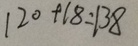
1 2 0 + 1 8 = 1 3 8